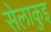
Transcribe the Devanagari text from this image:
सेलाकुइ